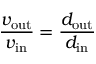
{ \frac { v _ { \mathrm { o u t } } } { v _ { \mathrm { i n } } } } = { \frac { d _ { \mathrm { o u t } } } { d _ { \mathrm { i n } } } }